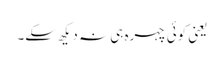
یعنی کوئی چہرہ ہی نہ دیکھ سکے۔